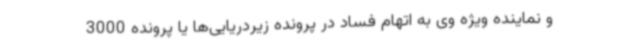
و نماینده ویژه وی به اتهام فساد در پرونده زیردریایی‌ها یا پرونده 3000